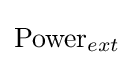
\mathrm {Power} _{ext}